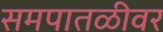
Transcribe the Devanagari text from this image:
समपातळीवर